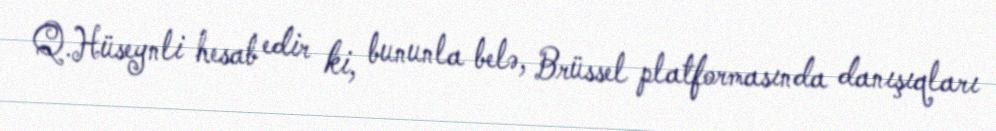
Q.Hüseynli hesab edir ki, bununla belə, Brüssel platformasında danışıqları